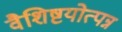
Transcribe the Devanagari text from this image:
वैशिष्टयोत्पन्न